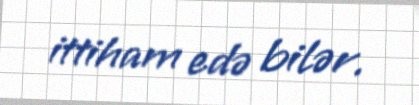
ittiham edə bilər.